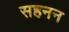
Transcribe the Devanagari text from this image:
सहनन